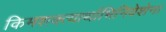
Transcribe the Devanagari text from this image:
किमशक्त्यार्थाभिनिवेशेन।